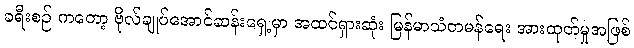
ခရီးစဉ် ကတော့ ဗိုလ်ချုပ်အောင်ဆန်းရှေ့မှာ အထင်ရှားဆုံး မြန်မာသံတမန်ရေး အားထုတ်မှုအဖြစ်